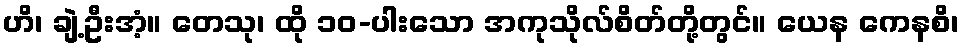
ဟိ၊ ချဲ့ဦးအံ့။ တေသု၊ ထို ၁၀-ပါးသော အကုသိုလ်စိတ်တို့တွင်။ ယေန ကေနစိ၊